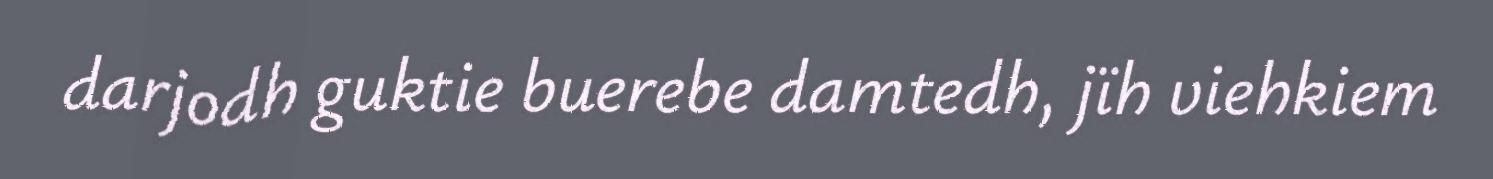
darjodh guktie buerebe damtedh, jïh viehkiem